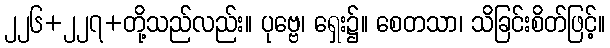
၂၂၆+၂၂၇+တို့သည်လည်း။ ပုဗ္ဗေ၊ ရှေး၌။ စေတသာ၊ သိခြင်းစိတ်ဖြင့်။